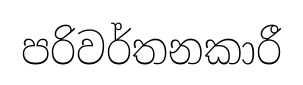
පරිවර්තනකාරී